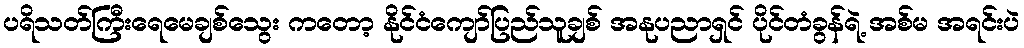
ပရိသတ်ကြီးရေမေချစ်သွေး ကတော့ နိုင်ငံကျော်ပြည်သူချစ် အနုပညာရှင် ပိုင်တံခွန်ရဲ့ အစ်မ အရင်းပဲ